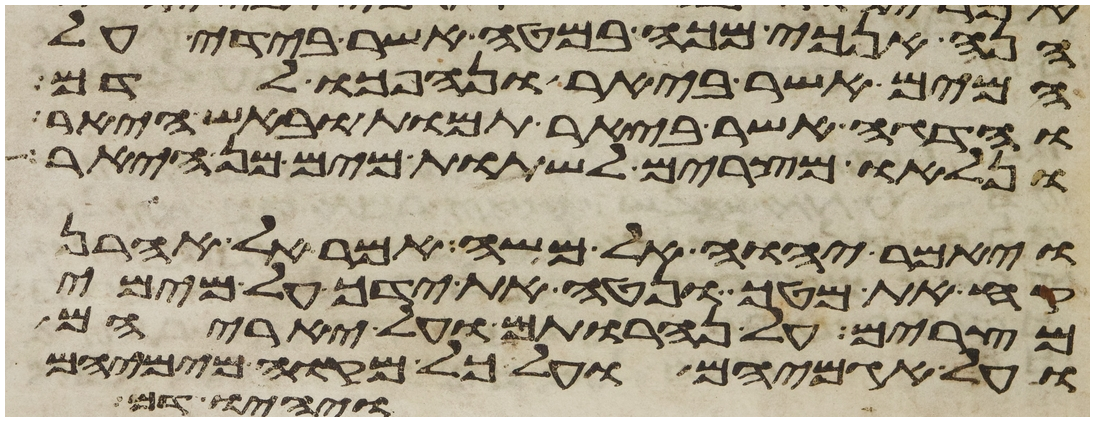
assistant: הנה אנכי מכה במטה אשר בידי על
המים אשר ביאר ונהפכו לדם
והדגה אשר ביאר תמות ובאש היאר
ונלאו מצרים לשתות מים מן היאר
ויאמר יהוה אל משה אמר אל אהרן
קח את מטך ונטה את ידך על מימי
מצרים על נהרותם ועל יאריהם
ועל אגמיהם ועל כל מקוה מימיהם